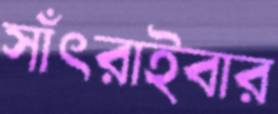
সাঁৎরাইবার